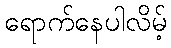
ရောက်နေပါလိမ့်